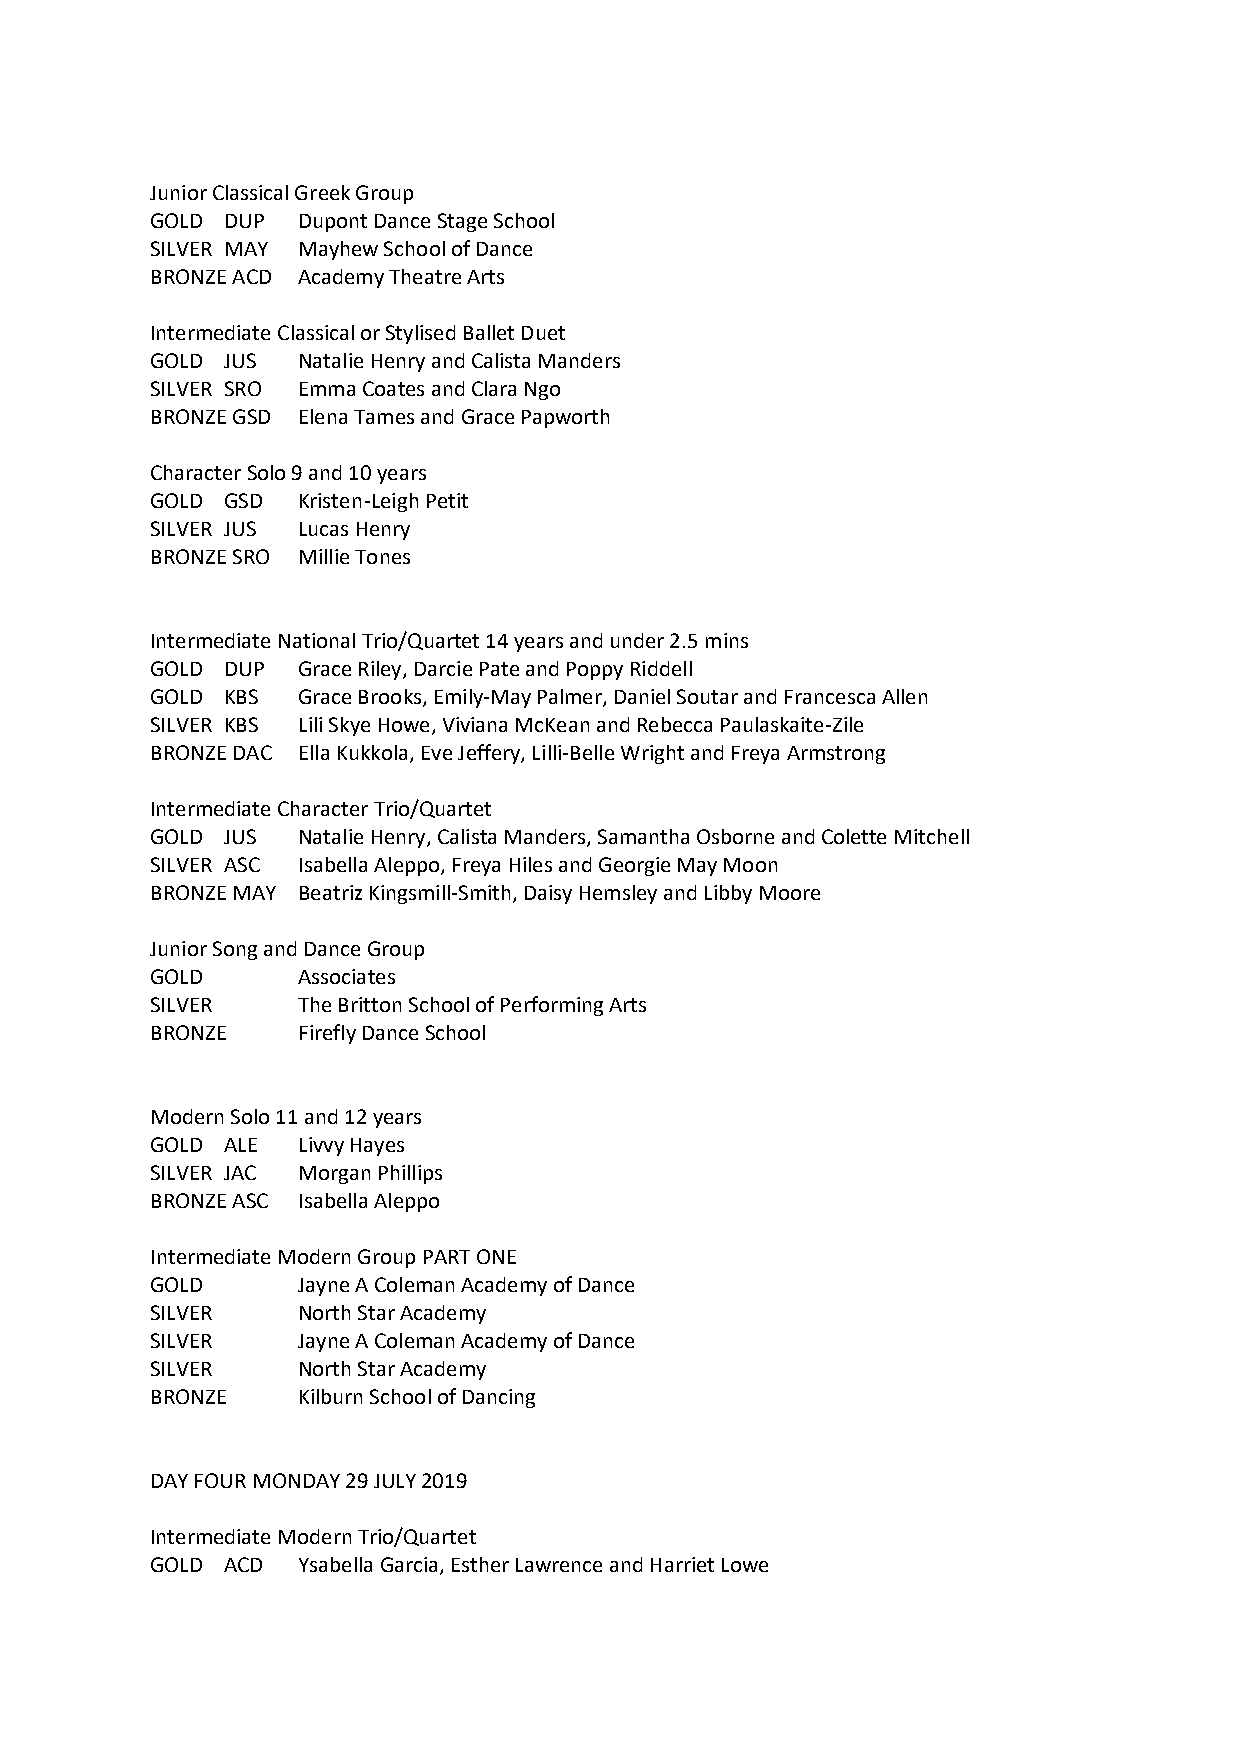
Junior Classical Greek Group
 GOLD DUP  Dupont Dance Stage School
 SILVER MAY Mayhew School of Dance
 BRONZE ACD Academy Theatre Arts
 Intermediate Classical or Stylised Ballet Duet
 GOLD JUS  Natalie Henry and Calista Manders
 SILVER SRO Emma Coates and Clara Ngo
 BRONZE GSD Elena Tames and Grace Papworth
 Character Solo 9 and 10 years
 GOLD GSD  Kristen-Leigh Petit
 SILVER JUS Lucas Henry
 BRONZE SRO Millie Tones
 Intermediate National Trio/Quartet 14 years and under 2.5 mins
 GOLD DUP  Grace Riley, Darcie Pate and Poppy Riddell
 GOLD KBS  Grace Brooks, Emily-May Palmer, Daniel Soutar and Francesca Allen
 SILVER KBS Lili Skye Howe, Viviana McKean and Rebecca Paulaskaite-Zile
 BRONZE DAC Ella Kukkola, Eve Jeffery, Lilli-Belle Wright and Freya Armstrong
 Intermediate Character Trio/Quartet
 GOLD JUS  Natalie Henry, Calista Manders, Samantha Osborne and Colette Mitchell
 SILVER ASC Isabella Aleppo, Freya Hiles and Georgie May Moon
 BRONZE MAY Beatriz Kingsmill-Smith, Daisy Hemsley and Libby Moore
 Junior Song and Dance Group
 GOLD      Associates
 SILVER    The Britton School of Performing Arts
 BRONZE    Firefly Dance School
 Modern Solo 11 and 12 years
 GOLD ALE  Livvy Hayes
 SILVER JAC Morgan Phillips
 BRONZE ASC Isabella Aleppo
 Intermediate Modern Group PART ONE
 GOLD      Jayne A Coleman Academy of Dance
 SILVER    North Star Academy
 SILVER    Jayne A Coleman Academy of Dance
 SILVER    North Star Academy
 BRONZE    Kilburn School of Dancing
 DAY FOUR MONDAY 29 JULY 2019
 Intermediate Modern Trio/Quartet
 GOLD ACD  Ysabella Garcia, Esther Lawrence and Harriet Lowe